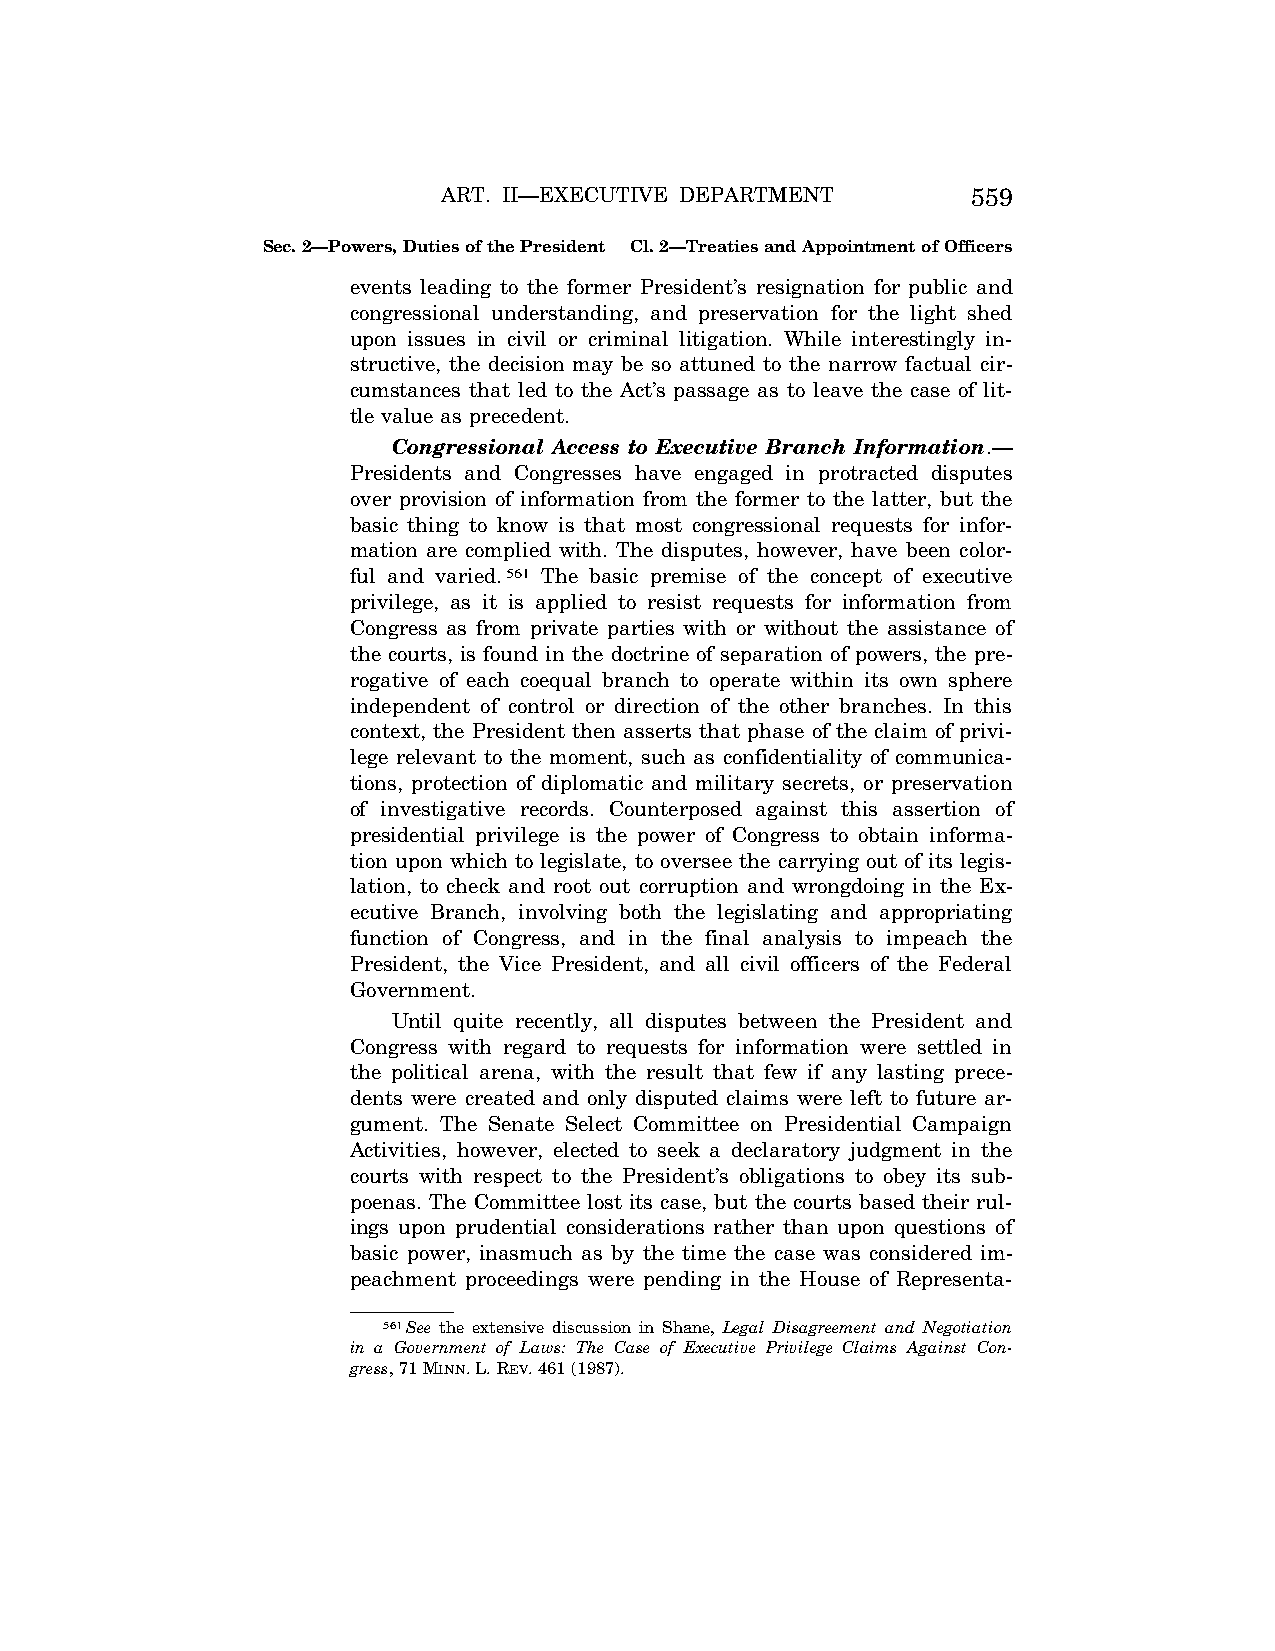
ART. II—EXECUTIVE DEPARTMENT       559
 Sec. 2—Powers, Duties of the President Cl. 2—Treaties and Appointment of Officers
 events leading to the former President’s resignation for public and
 congressional understanding, and preservation for the light shed
 upon issues in civil or criminal litigation. While interestingly in-
 structive, the decision may be so attuned to the narrow factual cir-
 cumstances that led to the Act’s passage as to leave the case of lit-
 tle value as precedent.
 Congressional Access to Executive Branch Information.—
 Presidents and Congresses have engaged in protracted disputes
 over provision of information from the former to the latter, but the
 basic thing to know is that most congressional requests for infor-
 mation are complied with. The disputes, however, have been color-
 ful and varied.561 The basic premise of the concept of executive
 privilege, as it is applied to resist requests for information from
 Congress as from private parties with or without the assistance of
 the courts, is found in the doctrine of separation of powers, the pre-
 rogative of each coequal branch to operate within its own sphere
 independent of control or direction of the other branches. In this
 context, the President then asserts that phase of the claim of privi-
 lege relevant to the moment, such as confidentiality of communica-
 tions, protection of diplomatic and military secrets, or preservation
 of investigative records. Counterposed against this assertion of
 presidential privilege is the power of Congress to obtain informa-
 tion upon which to legislate, to oversee the carrying out of its legis-
 lation, to check and root out corruption and wrongdoing in the Ex-
 ecutive Branch, involving both the legislating and appropriating
 function of Congress, and in the final analysis to impeach the
 President, the Vice President, and all civil officers of the Federal
 Government.
 Until quite recently, all disputes between the President and
 Congress with regard to requests for information were settled in
 the political arena, with the result that few if any lasting prece-
 dents were created and only disputed claims were left to future ar-
 gument. The Senate Select Committee on Presidential Campaign
 Activities, however, elected to seek a declaratory judgment in the
 courts with respect to the President’s obligations to obey its sub-
 poenas. The Committee lost its case, but the courts based their rul-
 ings upon prudential considerations rather than upon questions of
 basic power, inasmuch as by the time the case was considered im-
 peachment proceedings were pending in the House of Representa-
 561See the extensive discussion in Shane, Legal Disagreement and Negotiation
 in a Government of Laws: The Case of Executive Privilege Claims Against Con-
 gress, 71 MINN. L. REV. 461 (1987).
 VerDate Aug<04>2004 13:21 Oct 06, 2004 Jkt 077500 PO 00000 Frm 00127 Fmt 8222 Sfmt 8222 C:\CONAN\CON011.SGM PRFM99 PsN: CON011